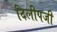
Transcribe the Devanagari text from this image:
दिलीपजी